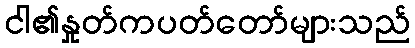
ငါ၏နှုတ်ကပတ်တော်များသည်